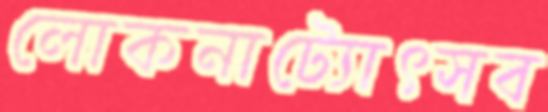
লোকনাট্যোৎসব